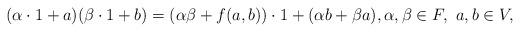
LaTeX: \begin{align*}(\alpha\cdot1 + a)(\beta\cdot1 + b) = (\alpha\beta+f(a,b))\cdot1 + (\alpha b +\beta a),\alpha,\beta\in F,\ a,b\in V,\end{align*}